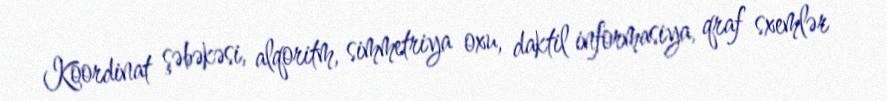
Koordinat şəbəkəsi, alqoritm, simmetriya oxu, daktil informasiya, qraf sxemlər